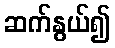
ဆက်နွယ်၍